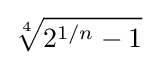
{\sqrt[{4}]{2^{1/n}-1}}